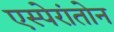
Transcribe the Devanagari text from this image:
एस्पेरांतोन